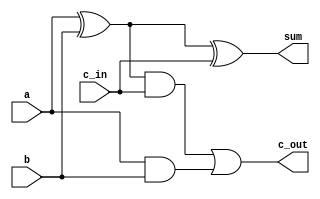
`timescale 1ns / 1ps

////////////////////////////////////
//Jake Bezold and Paul Brodhead 2018
////////////////////////////////////

module full_Adder(
    input a,
    input b,
    input c_in,
    output sum,
    output c_out
    );
    
    wire s1, s2, s3;
    
    assign s1 = a ^ b;
    assign s2 = s1 & c_in;
    assign s3 = a & b;
    assign sum = s1 ^ c_in;
    assign c_out = s2 | s3;
endmodule

module Ripple_Adder_64(
    input [63:0] a,
    input [63:0] b,
    input c_in,
    output [63:0] sum,
    output c_out
    );
    
    wire c1, c2, c3, c4, c5, c6, c7, c8, c9, c10, c11, c12, c13, c14, c15, c16, c17, c18, c19, c20, c21, c22, c23, c24, c25, c26, c27, c28, c29, c30;
    wire c31, c32, c33, c34, c35, c36, c37, c38, c39, c40, c41, c42, c43, c44, c45, c46, c47, c48, c49, c50, c51, c52, c53, c54, c55, c56, c57, c58;
    wire c59, c60, c61, c62, c63;
    
    full_Adder FA0(a[0], b[0], c_in, sum[0], c1);
    full_Adder FA1(a[1], b[1], c1, sum[1], c2);
    full_Adder FA2(a[2], b[2], c2, sum[2], c3);
    full_Adder FA3(a[3], b[3], c3, sum[3], c4);
    full_Adder FA4(a[4], b[4], c4, sum[4], c5);
    full_Adder FA5(a[5], b[5], c5, sum[5], c6);
    full_Adder FA6(a[6], b[6], c6, sum[6], c7);
    full_Adder FA7(a[7], b[7], c7, sum[7], c8);
    full_Adder FA8(a[8], b[8], c8, sum[8], c9);
    full_Adder FA9(a[9], b[9], c9, sum[9], c10);
    full_Adder FA10(a[10], b[10], c10, sum[10], c11);
    full_Adder FA11(a[11], b[11], c11, sum[11], c12);
    full_Adder FA12(a[12], b[12], c12, sum[12], c13);
    full_Adder FA13(a[13], b[13], c13, sum[13], c14);
    full_Adder FA14(a[14], b[14], c14, sum[14], c15);
    full_Adder FA15(a[15], b[15], c15, sum[15], c16);
    full_Adder FA16(a[16], b[16], c16, sum[16], c17);
    full_Adder FA17(a[17], b[17], c17, sum[17], c18);
    full_Adder FA18(a[18], b[18], c18, sum[18], c19);
    full_Adder FA19(a[19], b[19], c19, sum[19], c20);
    full_Adder FA20(a[20], b[20], c20, sum[20], c21);
    full_Adder FA21(a[21], b[21], c21, sum[21], c22);
    full_Adder FA22(a[22], b[22], c22, sum[22], c23);
    full_Adder FA23(a[23], b[23], c23, sum[23], c24);
    full_Adder FA24(a[24], b[24], c24, sum[24], c25);
    full_Adder FA25(a[25], b[25], c25, sum[25], c26);
    full_Adder FA26(a[26], b[26], c26, sum[26], c27);
    full_Adder FA27(a[27], b[27], c27, sum[27], c28);
    full_Adder FA28(a[28], b[28], c28, sum[28], c29);
    full_Adder FA29(a[29], b[29], c29, sum[29], c30);
    full_Adder FA30(a[30], b[30], c30, sum[30], c31);
    full_Adder FA31(a[31], b[31], c31, sum[31], c32);
    full_Adder FA32(a[32], b[32], c32, sum[32], c33);
    full_Adder FA33(a[33], b[33], c33, sum[33], c34);
    full_Adder FA34(a[34], b[34], c34, sum[34], c35);    
    full_Adder FA35(a[35], b[35], c35, sum[35], c36);
    full_Adder FA36(a[36], b[36], c36, sum[36], c37);
    full_Adder FA37(a[37], b[37], c37, sum[37], c38);
    full_Adder FA38(a[38], b[38], c38, sum[38], c39);
    full_Adder FA39(a[39], b[39], c39, sum[39], c40);
    full_Adder FA40(a[40], b[40], c40, sum[40], c41);
    full_Adder FA41(a[41], b[41], c41, sum[41], c42);
    full_Adder FA42(a[42], b[42], c42, sum[42], c43);
    full_Adder FA43(a[43], b[43], c43, sum[43], c44);
    full_Adder FA44(a[44], b[44], c44, sum[44], c45);
    full_Adder FA45(a[45], b[45], c45, sum[45], c46);
    full_Adder FA46(a[46], b[46], c46, sum[46], c47);
    full_Adder FA47(a[47], b[47], c47, sum[47], c48);
    full_Adder FA48(a[48], b[48], c48, sum[48], c49);
    full_Adder FA49(a[49], b[49], c49, sum[49], c50);
    full_Adder FA50(a[50], b[50], c50, sum[50], c51);
    full_Adder FA51(a[51], b[51], c51, sum[51], c52);
    full_Adder FA52(a[52], b[52], c52, sum[52], c53);
    full_Adder FA53(a[53], b[53], c53, sum[53], c54);
    full_Adder FA56(a[56], b[56], c56, sum[56], c57);
    full_Adder FA57(a[57], b[57], c57, sum[57], c58);
    full_Adder FA58(a[58], b[58], c58, sum[58], c59);
    full_Adder FA59(a[59], b[59], c59, sum[59], c60);
    full_Adder FA60(a[60], b[60], c60, sum[60], c61);
    full_Adder FA61(a[61], b[61], c61, sum[61], c62);
    full_Adder FA62(a[62], b[62], c62, sum[62], c63);
    full_Adder FA63(a[63], b[63], c63, sum[63], c_out);


endmodule